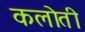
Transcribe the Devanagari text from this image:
कलोती